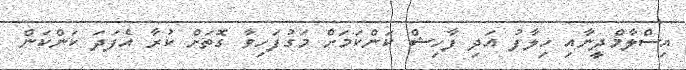
އިސްލާމްދީނާއި ހިލާފު އަދި ފާހިޝް ކަންކަމަށް މަގުފަހިވާ ގޮތަށް ކުރާ އެފަދަ ކަންކަން